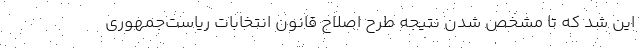
این شد که تا مشخص شدن نتیجه طرح اصلاح‌ قانون انتخابات ریاست‌جمهوری